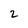
Character: 2